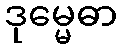
ဒုမ္မေဓာ